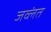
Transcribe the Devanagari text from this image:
जव्लंत